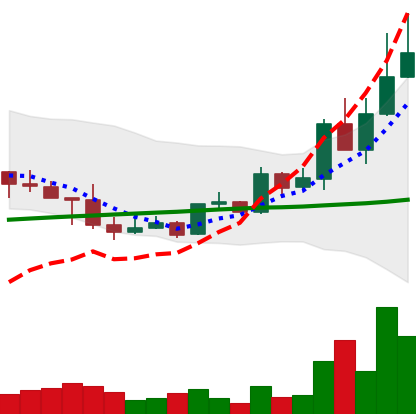
Ticker: LINK-USD
Chart end date: 2019-05-10
Forward return: 25.931%
Label: up_7plus